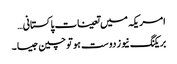
امریکہ میں تعینات پاکستانی…
بریکنگ نیوز دوست ہو تو چین جیسا ۔